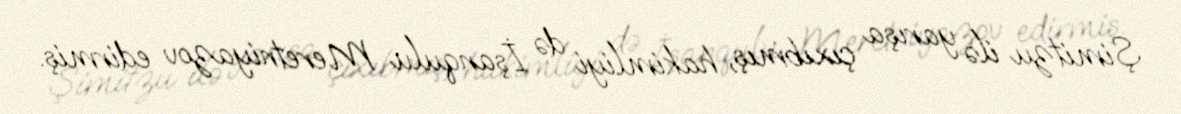
Şimitzu ilə yarışa çıxıbmış, hakimliyi də İşanqulu Meretniyazov edirmiş.